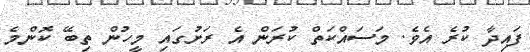
ފައިދާ ކުރެ އެވެ. މަސައްކަތް ކުރަން އެ ރަށުގައި މީހުން ތިބޭ ކޮންމެ